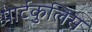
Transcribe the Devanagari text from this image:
पार्टकुलिस